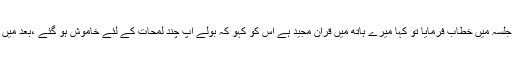
مدرسہ میں پڑھنے کے لئے آیا ،تو نہایت شفقت کی ،ایک دفعہ نہیں کئی بار کنگن پور تشریف لائے جلسہ میں خطاب فرمایا تو کہا میرے ہاتھ میں قرآن مجید ہے اس کو کہو کہ بولے آپ چند لمحات کے لئے خاموش ہو گئے ،بعد میں فرمایا :علماء قرآن مجید پڑھتے ہیں ترجمہ تفسیر کرتے ہیں اس لئے علما کی خوب خدمت کیا کریں ۔